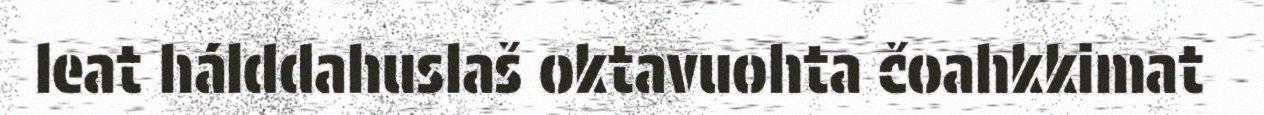
leat hálddahuslaš oktavuohta čoahkkimat